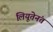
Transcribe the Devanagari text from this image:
लियूतेनंत